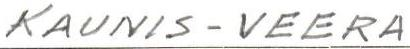
KAUNIS-VEERA